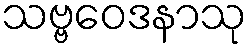
သဗ္ဗဝေဒနာသု